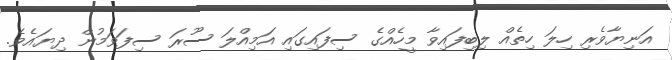
އަނިޔާވެރި ހިލަ ހިތެއް ލިބިފައިވާ މީހެއްގެ ސިފައިގައި އަމިއްލަ ސޫރަ ސިފަވަމުން ދިޔައެވެ.